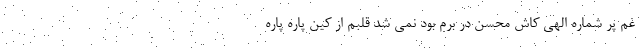
غم پُر شماره الهی کاش محسن در برم بود نمی شد قلبم از کین پاره پاره